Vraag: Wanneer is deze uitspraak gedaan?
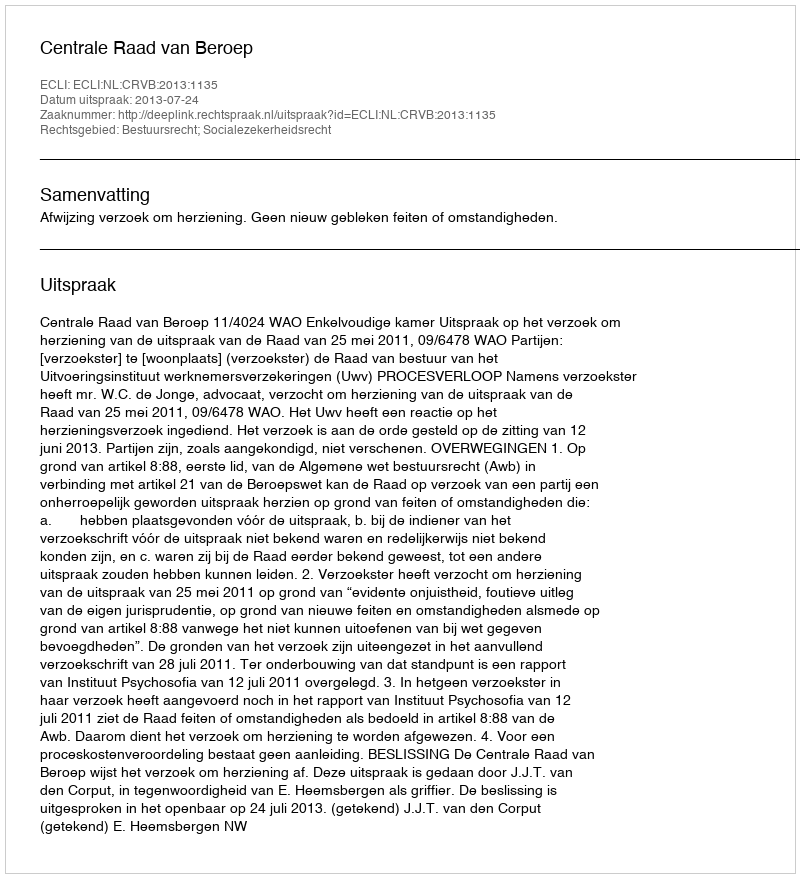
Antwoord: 2013-07-24